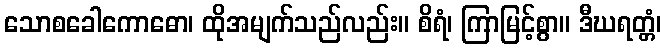
သောစခေါကောဓော၊ ထိုအမျက်သည်လည်း။ စိရံ၊ ကြာမြင့်စွာ။ ဒီဃရတ္တံ၊